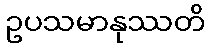
ဥပသမာနုဿတိ